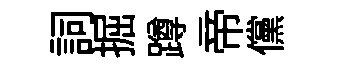
詞掘蹲帝儻